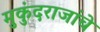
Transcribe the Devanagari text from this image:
मुकुंदराजांचे